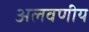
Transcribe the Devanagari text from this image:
अलवणीय